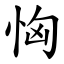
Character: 恟